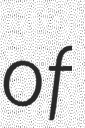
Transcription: of